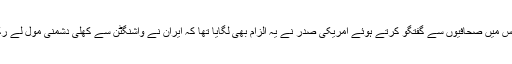
وائٹ ہاؤس میں صحافیوں سے گفتگو کرتے ہوئے امریکی صدر نے یہ الزام بھی لگایا تھا کہ ایران نے واشنگٹن سے کھلی دشمنی مول لے رکھی ہے۔